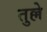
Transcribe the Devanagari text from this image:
तुल्ले